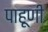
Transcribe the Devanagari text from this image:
पाहूणी